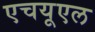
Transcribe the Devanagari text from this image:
एचयूएल